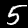
Digit: 5